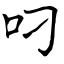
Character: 叼